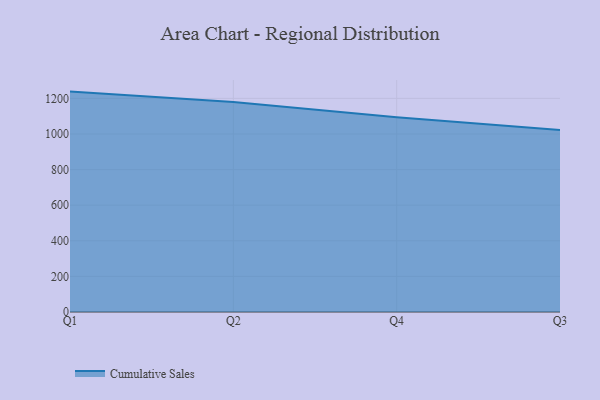
{"axis": {"x": "Quarter", "y": "Energy Usage (MWh)"}, "legend": ["Cumulative Sales"], "data": [{"x": "Q1", "y": 1238.2, "type": "Cumulative Sales"}, {"x": "Q2", "y": 1179.1, "type": "Cumulative Sales"}, {"x": "Q4", "y": 1094.3, "type": "Cumulative Sales"}, {"x": "Q3", "y": 1022.9, "type": "Cumulative Sales"}]}